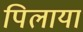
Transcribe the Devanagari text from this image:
पिलाया